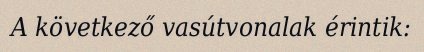
A következő vasútvonalak érintik: